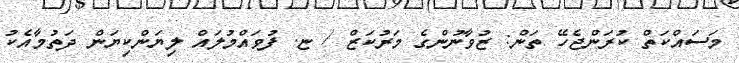
މަސައްކަތް ކުރަންޖެހޭ ތަން: ޒުވާނުންގެ މަރުކަޒް / ޏ. ފުވައްމުލައް ލިޔަންކިޔަން ދަތުމާއެކު